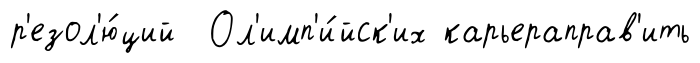
р'езол'ю́ций Ол'имп'и́йск'их карьераправ'ить